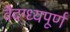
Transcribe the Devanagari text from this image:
वैदग्ध्यपूर्ण